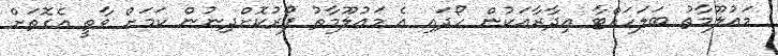
މައުލޫމާތު ބަލަހައްޓާ އިދާރާއަކުން ހޯދައި އެ މައުލޫމާތު ފޯރުކޮށްދިނުން ކަމަށް ވާތީ އެގޮތަށް